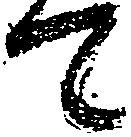
て